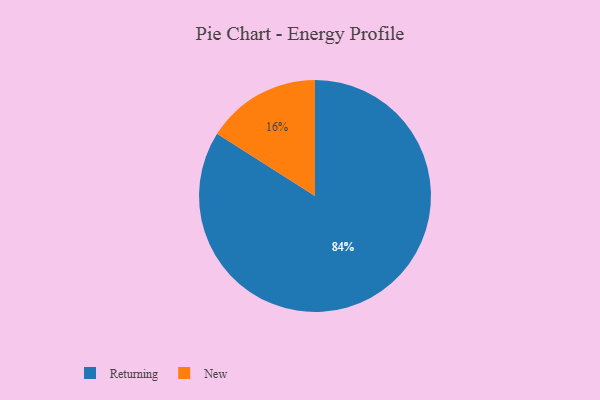
{"axis": {"x": "Category", "y": "Percentage"}, "legend": ["New", "Returning"], "data": [{"x": "New", "y": 16, "type": "New"}, {"x": "Returning", "y": 84, "type": "Returning"}]}